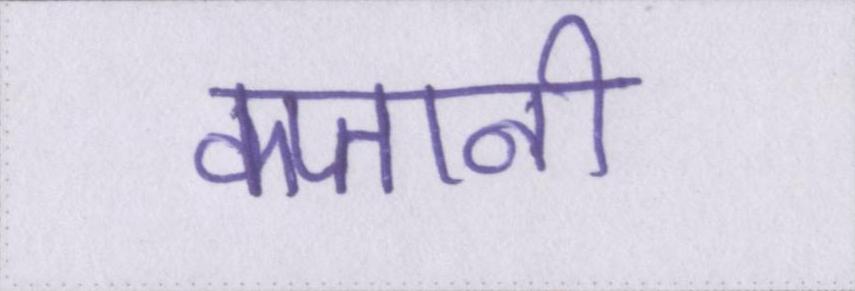
कप्तानी